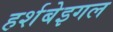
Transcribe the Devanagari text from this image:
हर्शबेइगल